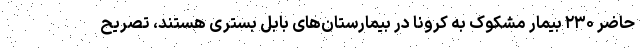
حاضر ۲۳۰ بیمار مشکوک به کرونا در بیمارستان‌های بابل بسترى هستند، تصریح